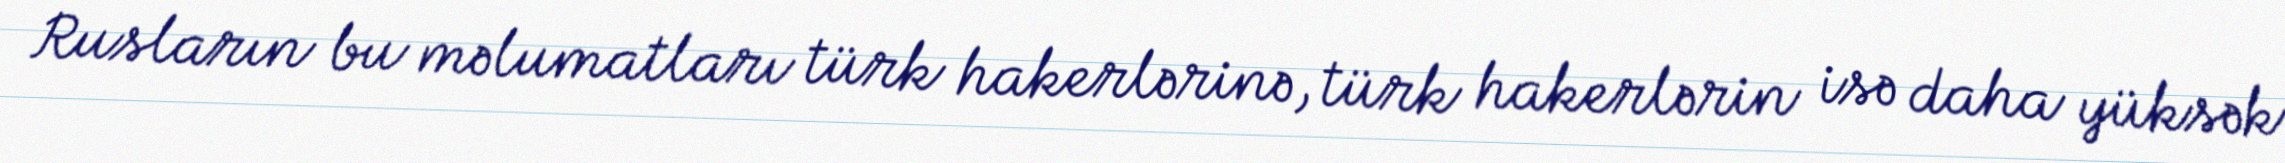
Rusların bu məlumatları türk hakerlərinə, türk hakerlərin isə daha yüksək